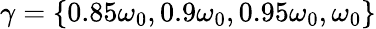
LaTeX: \gamma=\lbrace 0.85\omega_{0},0.9\omega_{0},0.95\omega_{0},\omega_{0}\rbrace